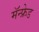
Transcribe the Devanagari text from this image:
मॅन्फ्रेड